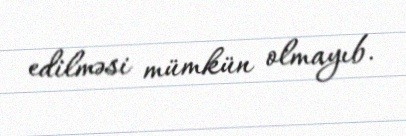
edilməsi mümkün olmayıb.